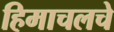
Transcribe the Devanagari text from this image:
हिमाचलचे